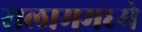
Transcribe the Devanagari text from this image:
सलाममध्ये